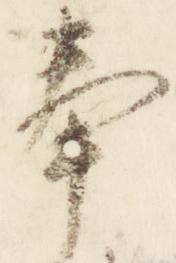
奉